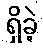
ရှိခဲ့